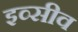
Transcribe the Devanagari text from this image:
इव्सीव